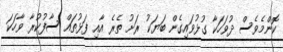
ކޮންމެވެސް ދުވަހަކާ ގުޅުވައިގެން ބަޔަކު ރަށު ތެރެ އާއި ފަޅުތައް ސާފުކުރާ ވާހަކަ